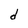
Character: d